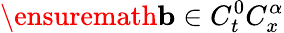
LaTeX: \ensuremath{\mathbf{b}}\in C_{t}^{0}C_{x}^{\alpha}